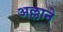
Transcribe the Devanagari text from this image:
अल्लाने